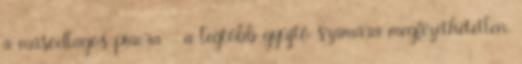
a másodlagos piacra - a legtöbb gyűjtő számára megfizethetetlen.